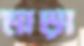
মাড়া